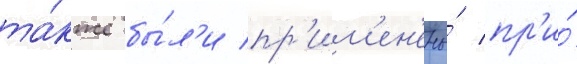
та́кже бы́л'и пр'им'ен'ены́ пр'и́